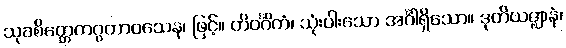
သုခစိတ္တေကဂ္ဂတာဝသေန၊ ဖြင့်။ တိဝင်္ဂိကံ၊ သုံးပါးသော အင်္ဂါရှိသော။ ဒုတိယဇ္ဈာနံ၊